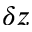
\delta z